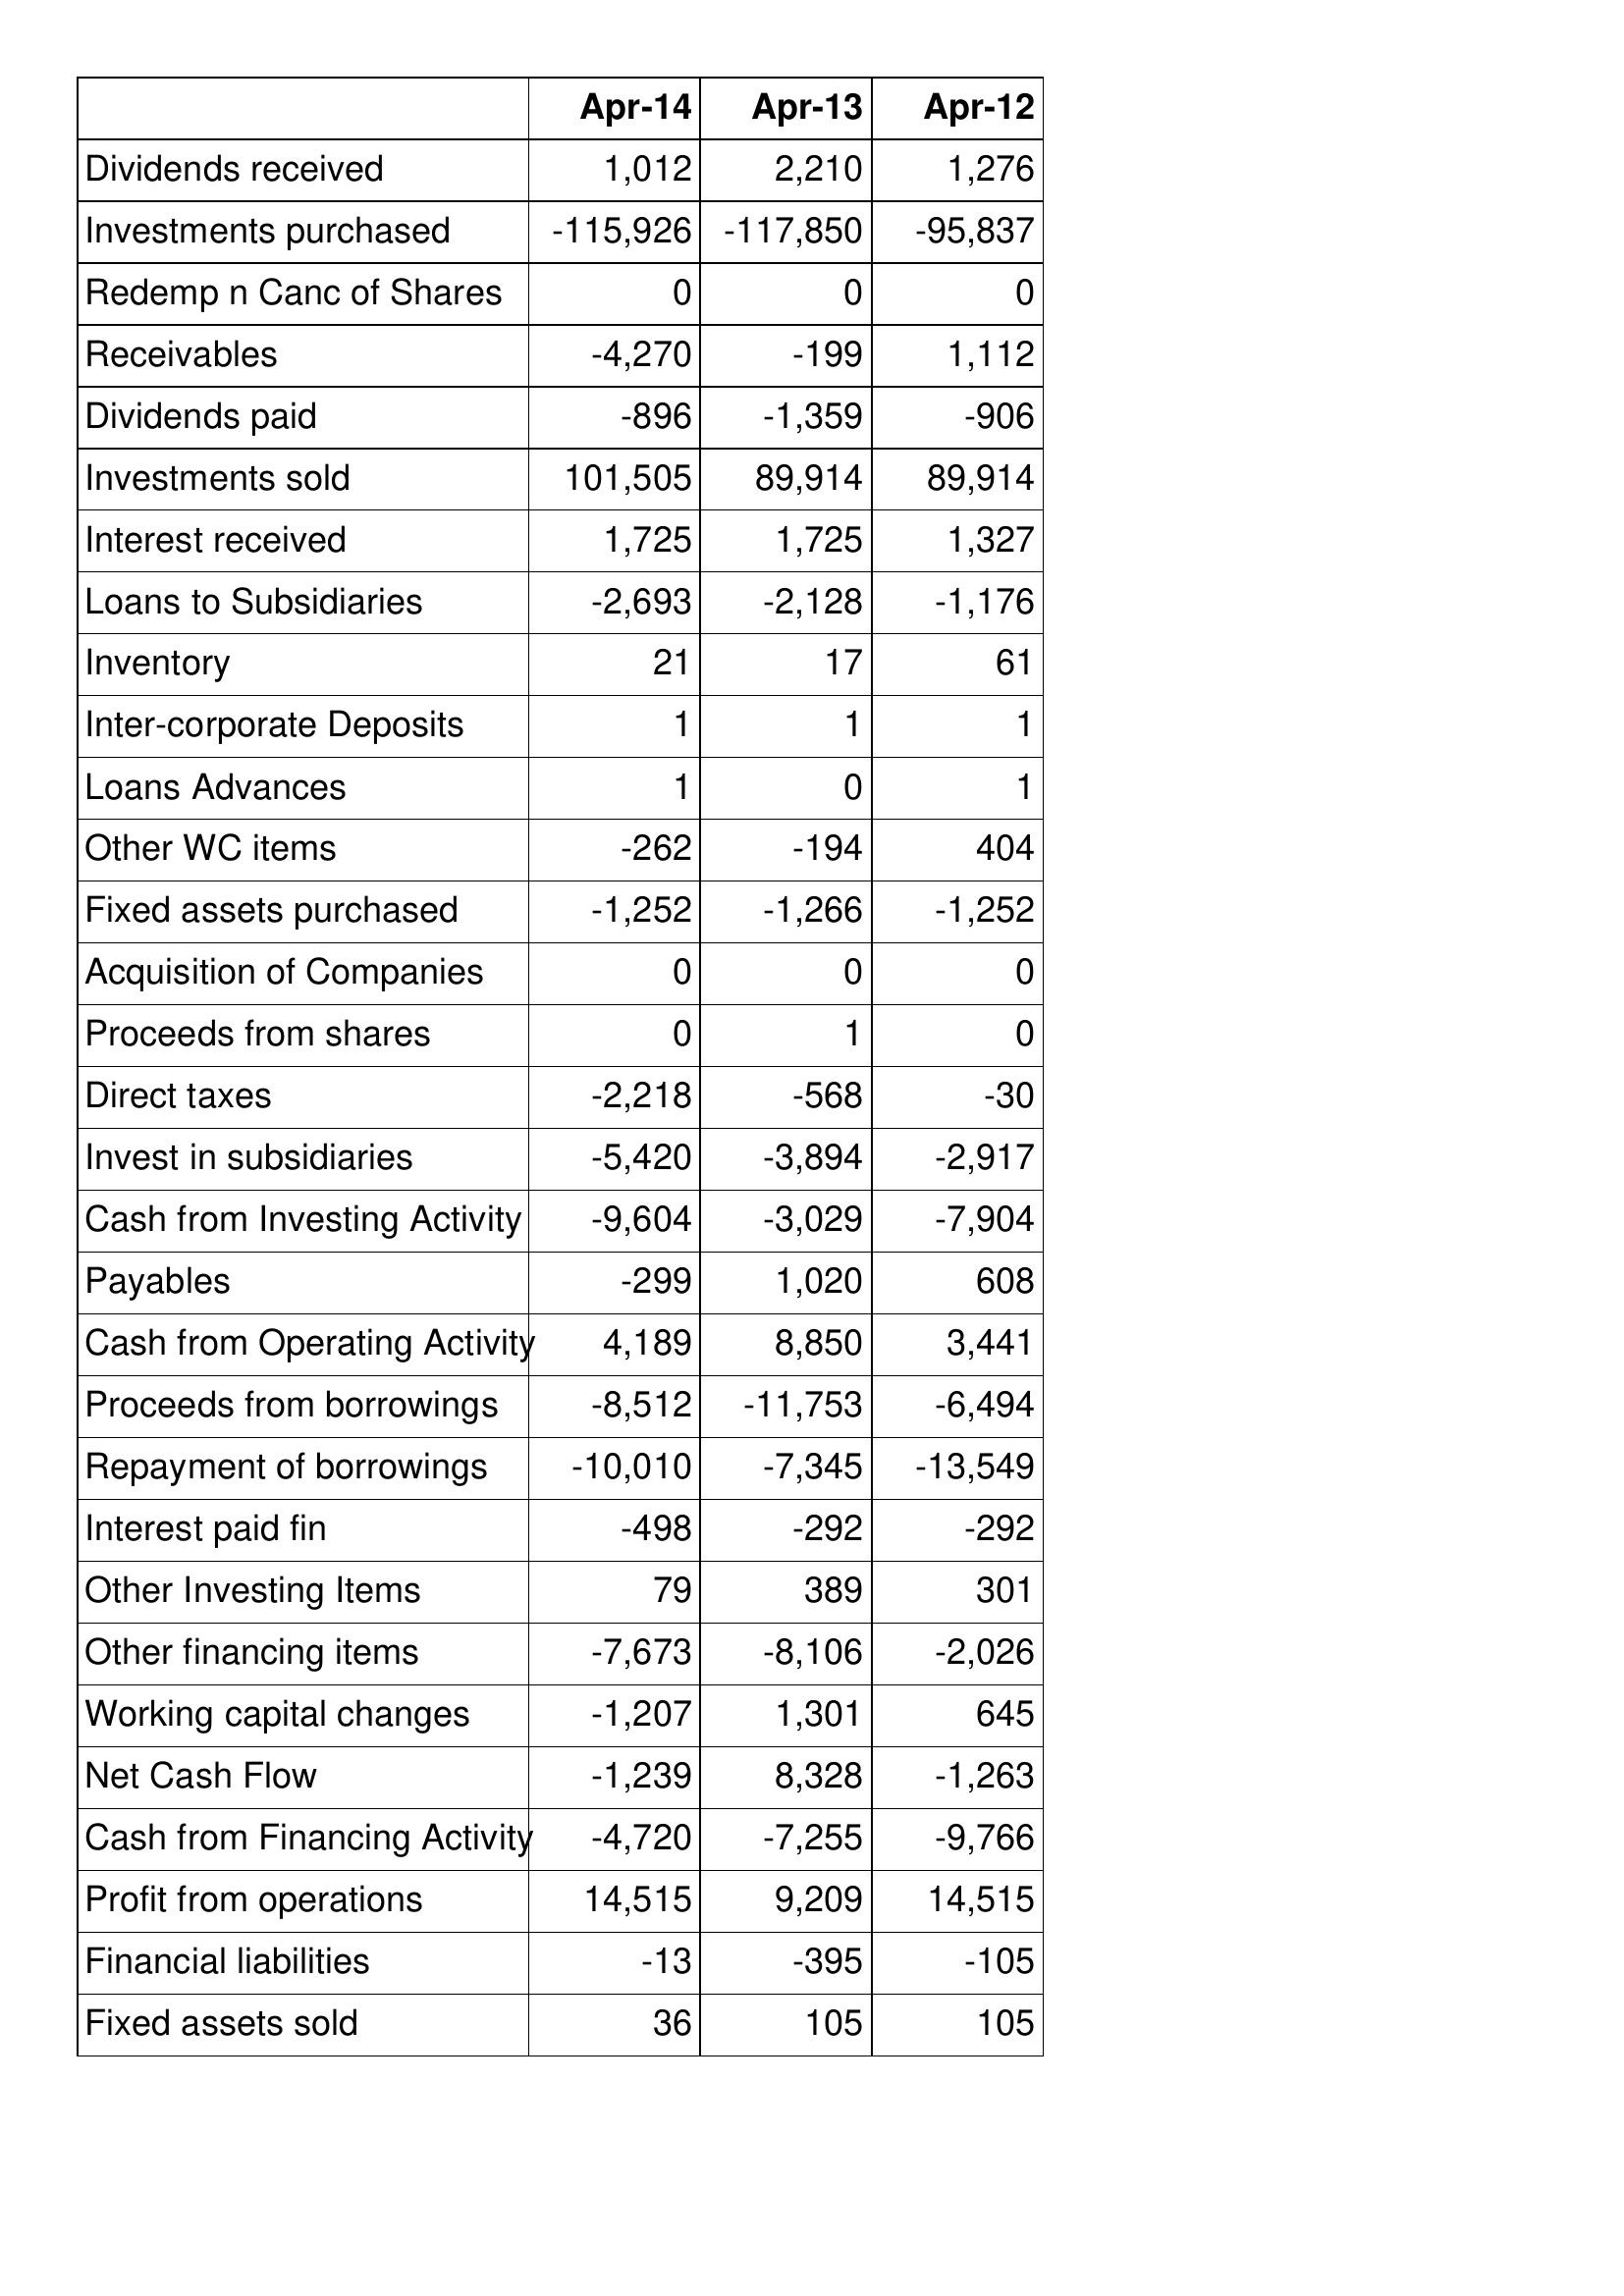
Apr-14: Cash Flows: Dividends received: 1,012
Investments purchased: -115,926
Redemp n Canc of Shares: 0
Receivables: -4,270
Dividends paid: -896
Investments sold: 101,505
Interest received: 1,725
Loans to Subsidiaries: -2,693
Inventory: 21
Inter-corporate Deposits: 1
Loans Advances: 1
Other WC items: -262
Fixed assets purchased: -1,252
Acquisition of Companies: 0
Proceeds from shares: 0
Direct taxes: -2,218
Invest in subsidiaries: -5,420
Cash from Investing Activity: -9,604
Payables: -299
Cash from Operating Activity: 4,189
Proceeds from borrowings: -8,512
Repayment of borrowings: -10,010
Interest paid fin: -498
Other Investing Items: 79
Other financing items: -7,673
Working capital changes: -1,207
Net Cash Flow: -1,239
Cash from Financing Activity: -4,720
Profit from operations: 14,515
Financial liabilities: -13
Fixed assets sold: 36
Apr-13: Cash Flows: Dividends received: 2,210
Investments purchased: -117,850
Redemp n Canc of Shares: 0
Receivables: -199
Dividends paid: -1,359
Investments sold: 89,914
Interest received: 1,725
Loans to Subsidiaries: -2,128
Inventory: 17
Inter-corporate Deposits: 1
Loans Advances: 0
Other WC items: -194
Fixed assets purchased: -1,266
Acquisition of Companies: 0
Proceeds from shares: 1
Direct taxes: -568
Invest in subsidiaries: -3,894
Cash from Investing Activity: -3,029
Payables: 1,020
Cash from Operating Activity: 8,850
Proceeds from borrowings: -11,753
Repayment of borrowings: -7,345
Interest paid fin: -292
Other Investing Items: 389
Other financing items: -8,106
Working capital changes: 1,301
Net Cash Flow: 8,328
Cash from Financing Activity: -7,255
Profit from operations: 9,209
Financial liabilities: -395
Fixed assets sold: 105
Apr-12: Cash Flows: Dividends received: 1,276
Investments purchased: -95,837
Redemp n Canc of Shares: 0
Receivables: 1,112
Dividends paid: -906
Investments sold: 89,914
Interest received: 1,327
Loans to Subsidiaries: -1,176
Inventory: 61
Inter-corporate Deposits: 1
Loans Advances: 1
Other WC items: 404
Fixed assets purchased: -1,252
Acquisition of Companies: 0
Proceeds from shares: 0
Direct taxes: -30
Invest in subsidiaries: -2,917
Cash from Investing Activity: -7,904
Payables: 608
Cash from Operating Activity: 3,441
Proceeds from borrowings: -6,494
Repayment of borrowings: -13,549
Interest paid fin: -292
Other Investing Items: 301
Other financing items: -2,026
Working capital changes: 645
Net Cash Flow: -1,263
Cash from Financing Activity: -9,766
Profit from operations: 14,515
Financial liabilities: -105
Fixed assets sold: 105